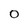
Character: 0